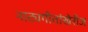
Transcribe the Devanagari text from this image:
नाट्यगीतांखेरीज